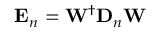
\mathbf { E } _ { n } = \mathbf { W } ^ { \dagger } \mathbf { D } _ { n } \mathbf { W }